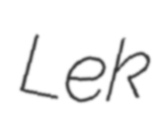
Lek